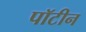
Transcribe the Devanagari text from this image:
पॉटीन